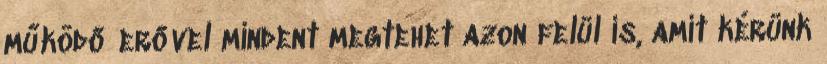
működő erővel mindent megtehet azon felül is, amit kérünk